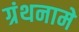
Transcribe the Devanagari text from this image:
ग्रंथनामे